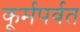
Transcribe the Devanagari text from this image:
कूर्मपर्वत